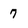
Character: 7